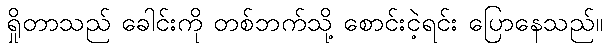
ရှိုတာသည် ခေါင်းကို တစ်ဘက်သို့ စောင်းငဲ့ရင်း ပြောနေသည်။